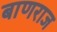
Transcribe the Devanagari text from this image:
बाणराज